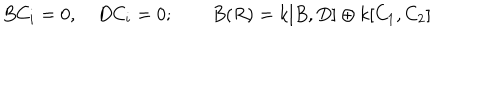
B C _ { i } = 0 , \quad D C _ { i } = 0 ; \qquad B ( R ) = k [ B , D ] \oplus k [ C _ { 1 } , C _ { 2 } ]